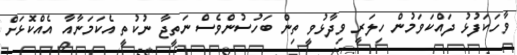
ވާހަކަފުޅު ދައްކަވަމުން ހިލަރީ ވިދާޅުވީ ތިން ބަހުސުންވެސް ނަތީޖާ ނުކުތީ އެކަމަނާއާ އެއްކޮޅަށް